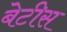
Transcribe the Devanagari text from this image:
बेटीस